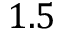
1 . 5